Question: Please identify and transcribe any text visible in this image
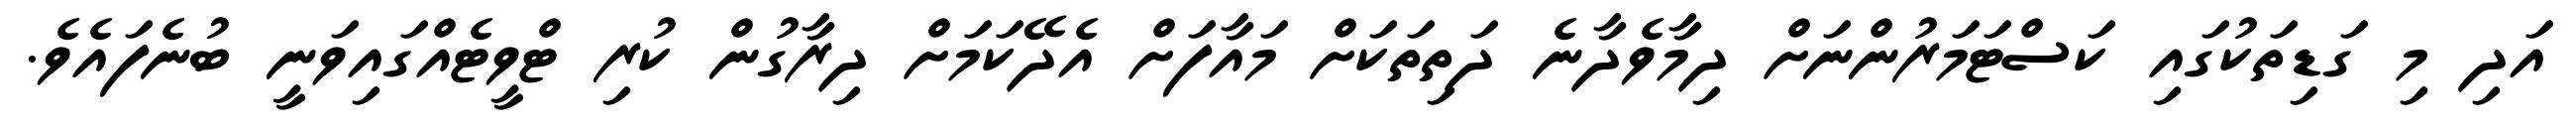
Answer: އަދި މި ގަޑިތަކުގައި ކަސްޓަމަރުންނަށް ދިމާވެދާނެ ދަތިތަކަށް މައާފަށް އެދޭކަމަށް ދިރާގުން ކުރި ޓްވީޓެއްގައިވަނީ ބުނެފައެވެ.